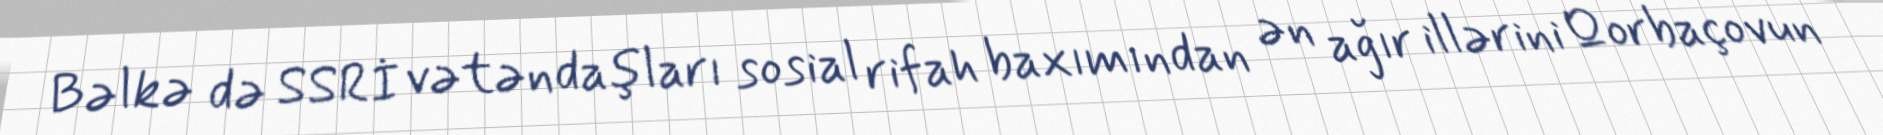
Bəlkə də SSRİ vətəndaşları sosial rifah baxımından ən ağır illərini Qorbaçovun